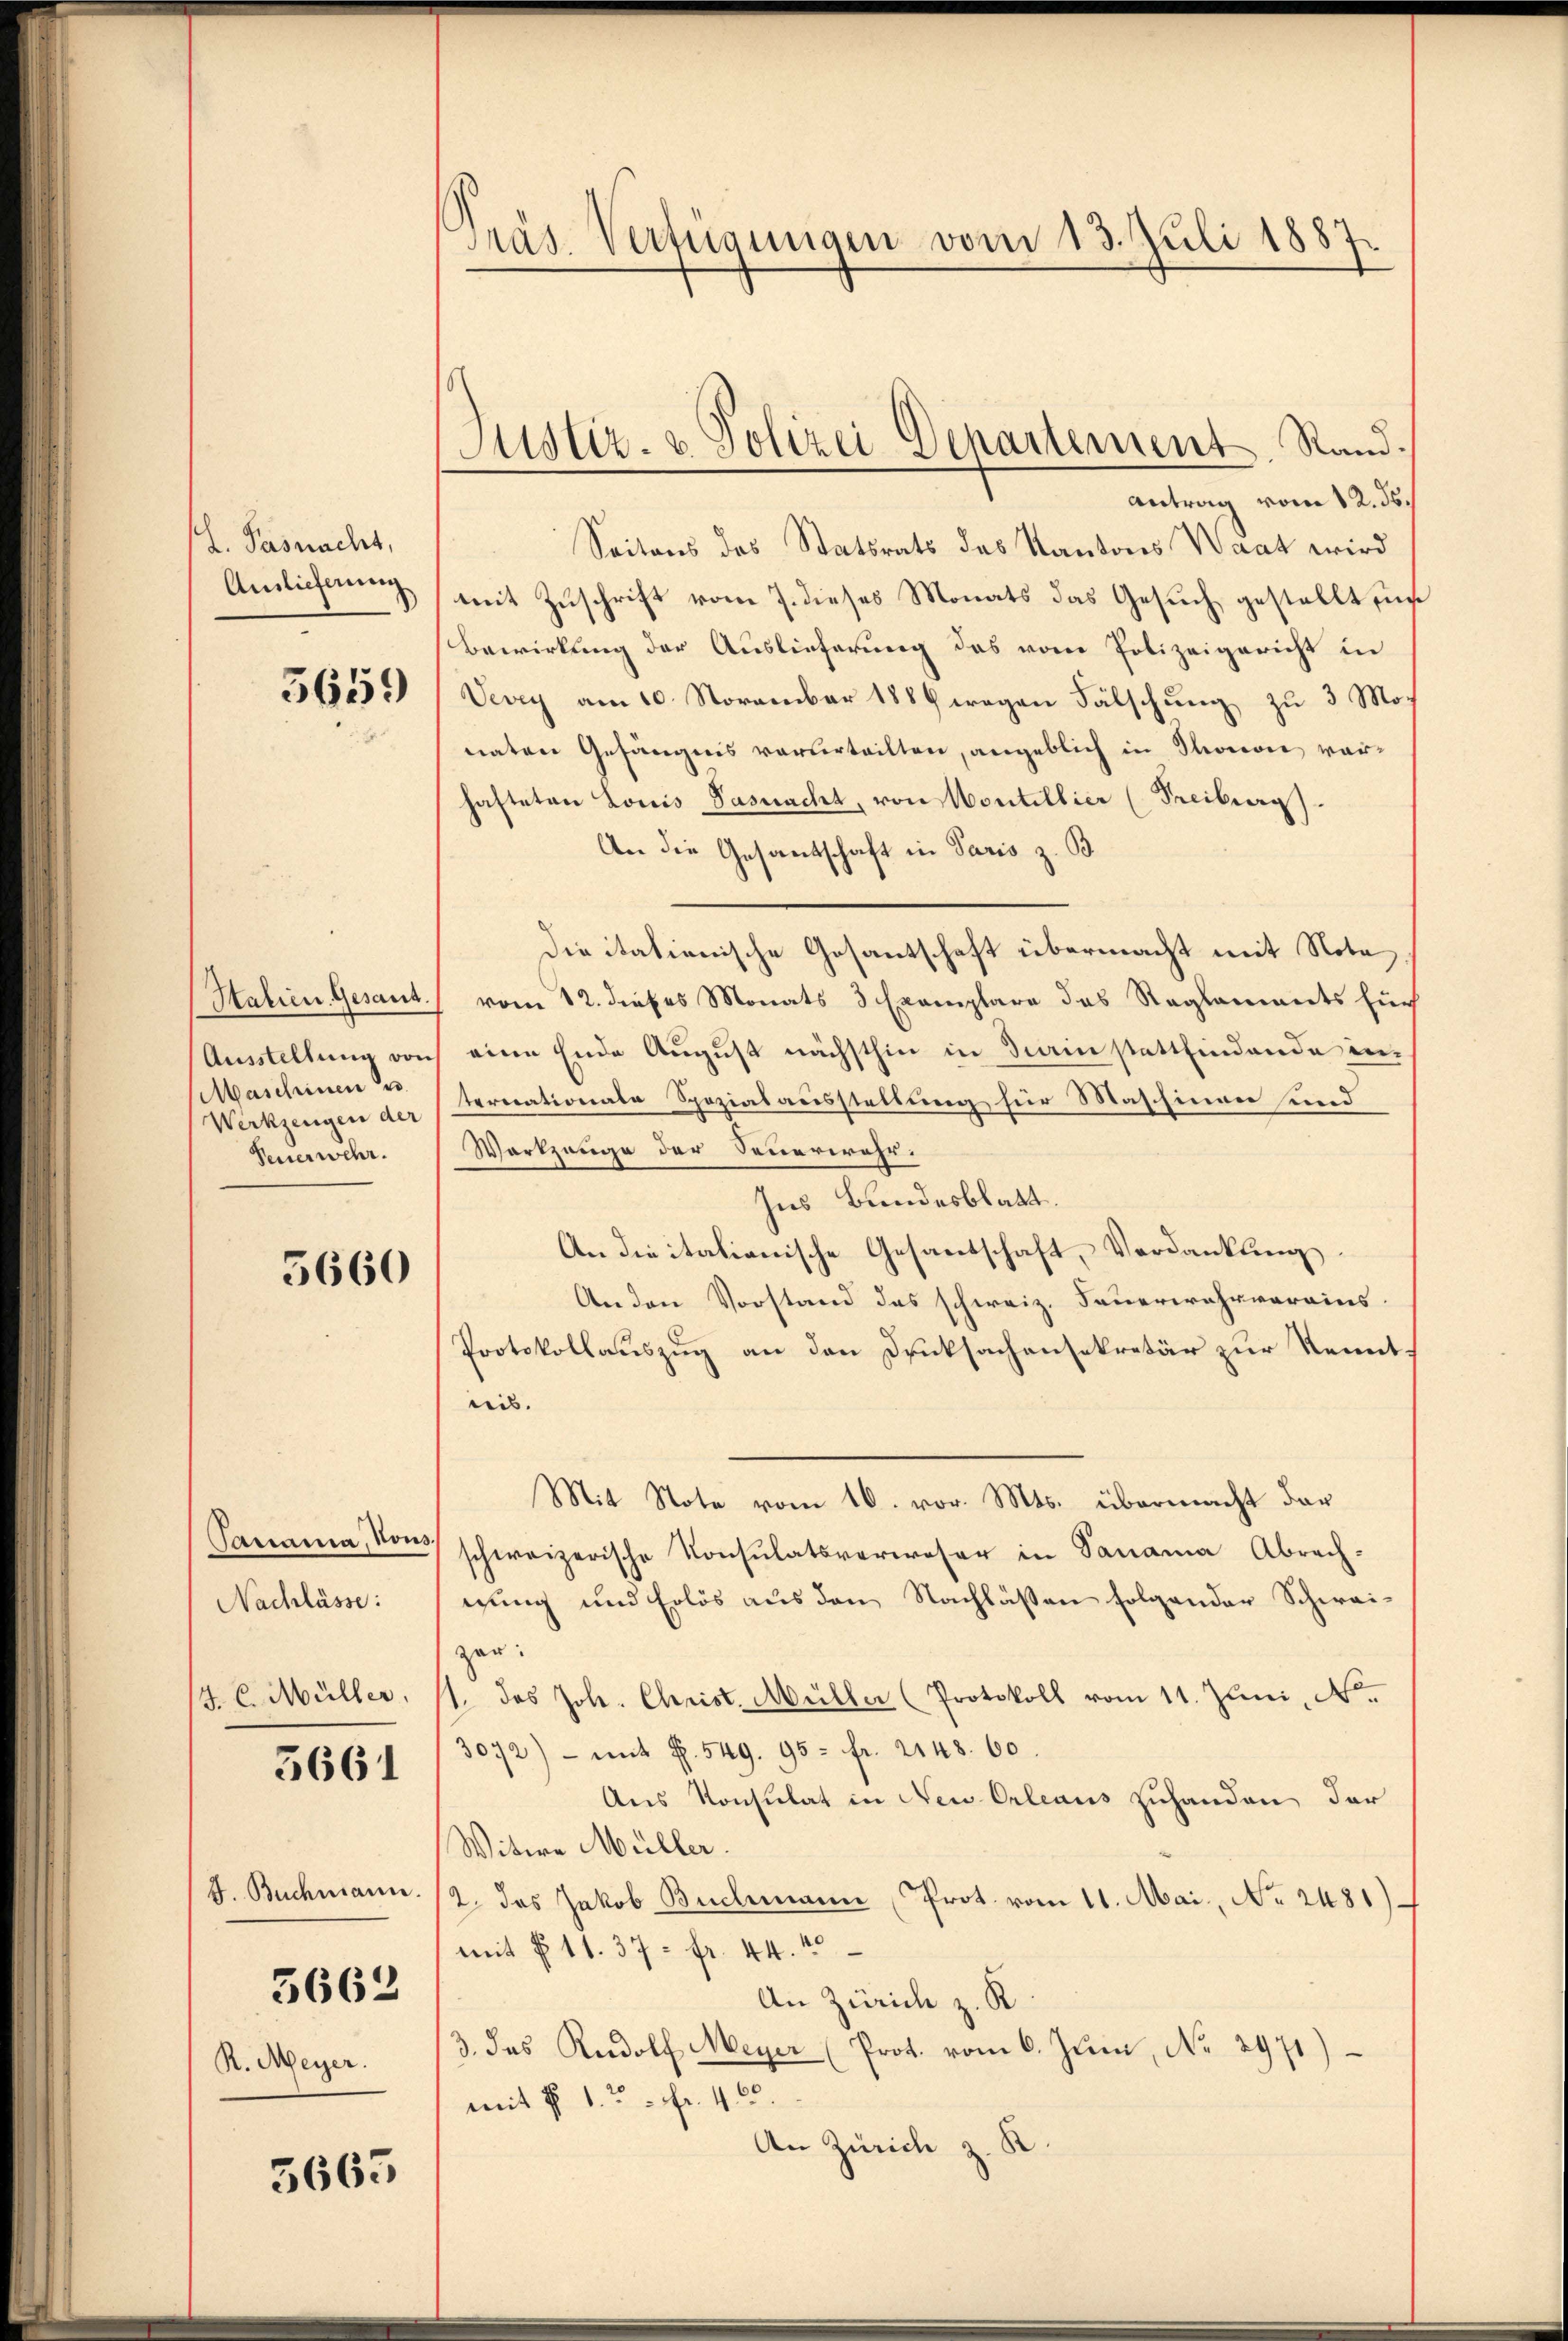
L. Pasnacht,
Auslieferung
5659)

Statien Gesand.
Ausstellung von
Maschinen u.
Werkzeugen der
Feuerwehr.

5660

Panama, von
Nachlässe:
J. C. Müller.

5661

J. Buchmann.

5662

R. Meyer.

5665

Präs. Verfügungen vom 13. Juli 1887.

Justiz- u. Polizei Departement, Rand.

Antrag vom 12. ds.
Seitens des Statsrats des Kantons Waat wird
mit Zuschrift vom 7. dieses Monats das Gesuch gestellt sich
Bewirkung der Auslieferung das vom Polizeigericht in
Vevey am 10. November 1889 wegen Fälschung zu 3 Monaten Gefängnis verurteilten, angeblich in Thorević vorhafteten Louis Pasnacht, von Montellier (Freiburg)
An die Gesantschaft in Paris z. B.
Die itationische Gesantschaft übermacht mit Note
vom 12. dieses Monats 3 Exemplare das Reglements such
eine Ende August nächsthin in darin stattfindende internationale Spezialausstellung für Maschinen und
Werkzeuge der Sennerwehr.
Ins Bundesblatt.
An die italionische Gesandschaft, Verdankung.
Anden Vorstand das schweiz. Feuerwehrvereins.
Protokollauszug an den Drucksachensekretär zur Kenntnis.
Mit Note vom 10. vor. Mts. übermacht dar
schweizerische Konsulatsverweser in Panama Abrech-
gung und Erlös aus den Nachläßen folgender Schweizer:
1. das Joh. Christ. Müller (Protokoll vom 11. Juni, N.
3072) - mit S. 549. 95 - fr. 2148. 60.
Aus Konsulat in Neu Orleaus zuhanden der
Witwe Müller.
2. das Jakob Buchmann Prot. vom 11. Mai, No 2481)
mit § 11. 37 - fr. 44.
An Zürich z. R.
3. das Rudolf Meyer (Prot. vom 6. Jŭni, No. 2971)
mit § 1 u. fr. 46.
An Zürich z. K.